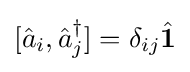
[{\hat {a}}_{i},{\hat {a}}_{j}^{\dagger }]=\delta _{ij}{\hat {\mathbf {1} }}